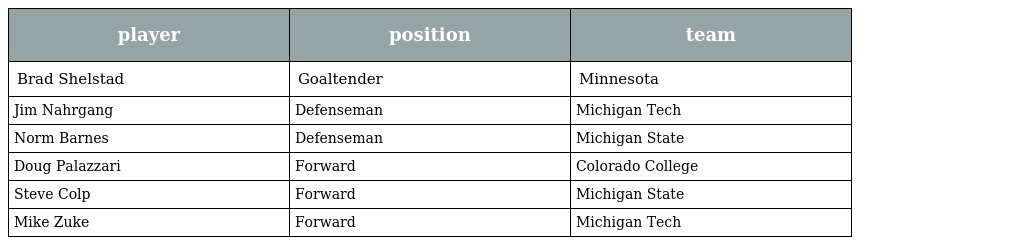
| player | position | team |
 | --- | --- | --- |
 | Brad Shelstad | Goaltender | Minnesota |
 | Jim Nahrgang | Defenseman | Michigan Tech |
 | Norm Barnes | Defenseman | Michigan State |
 | Doug Palazzari | Forward | Colorado College |
 | Steve Colp | Forward | Michigan State |
 | Mike Zuke | Forward | Michigan Tech |